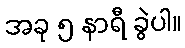
အခု ၅ နာရီ ခွဲပါ။